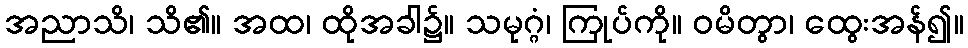
အညာသိ၊ သိ၏။ အထ၊ ထိုအခါ၌။ သမုဂ္ဂံ၊ ကြုပ်ကို။ ဝမိတွာ၊ ထွေးအန်၍။